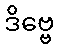
ဒိဗ္ဗေ